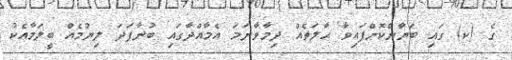
ގެ (ކ) ގައި ބަޔާންކޮށްފައިވާ ޙާލަތެއް ދިމާވާނަމަ އެމާއްދާގައި ބުނާފަދަ ލިޔުމެއް ބީލަމާއެކު